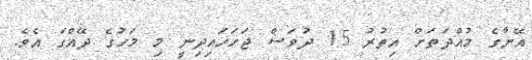
އޭނާގެ މުއްދަތަށް އިތުރު 15 ދުވަސް ޖަހަހައިދިނީ މި މަހުގެ ދޭއްގަ އެވެ.